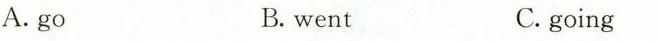
A.go B. went C. going